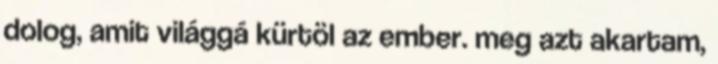
dolog, amit világgá kürtöl az ember. meg azt akartam,